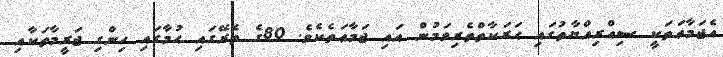
އެޖަމާޢަތަކީ ސިއްރިއްޔާތުގައި ޙަރަކާތްތެރިވަމުން އައި ޖަމާޢަތެކެވެ. 80ގެ ތެރޭގައި ޙުމާގައި ހިންގި ޖަރީމާތަކާއި